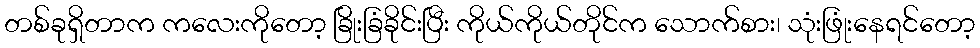
တစ်ခုရှိတာက ကလေးကိုတော့ ခြိုးခြံခိုင်းပြီး ကိုယ်ကိုယ်တိုင်က သောက်စား၊ သုံးဖြုံးနေရင်တော့